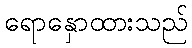
ရောနှောထားသည်